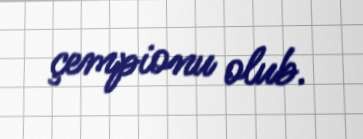
çempionu olub.